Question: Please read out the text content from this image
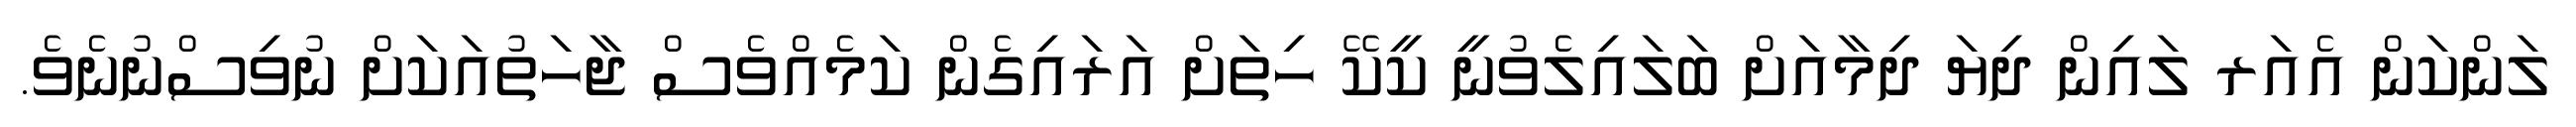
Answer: ލަންކަން އެއަރ ލައިން ދިޔަ ދިމާއަށް ބަލައިލެވުނީ ކީކޭ ހިތަށް އަރައިގެން ކަމެއްވެސް ޖާހަތުއަކަށް ނުވިސްނުނެވެ.